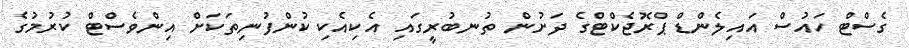
ގެސްޓް ހައުސް އައިލެންޑް ޕްރޮޖެކްޓްގެ ދަށުން ތުނބުރީގައި އެކިއެކި ކުންފުނިތަކަށް އިންވެސްޓް ކުރުމުގެ